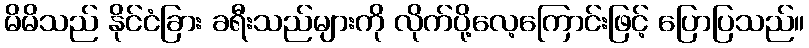
မိမိသည် နိုင်ငံခြား ခရီးသည်များကို လိုက်ပို့လေ့ကြောင်းဖြင့် ပြောပြသည်။